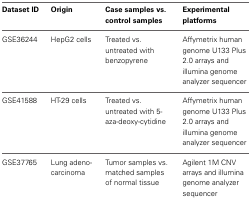
| Dataset ID | Origin | Case samples vs. control samples | Experimental platforms |
 | --- | --- | --- | --- |
 | GSE36244 | HepG2 cells | Treated vs. untreated with benzopyrene | Affymetrix human genome U133 Plus 2.0 arrays and illumina genome analyzer sequencer |
 | GSE41588 | HT-29 cells | Treated vs. untreated with 5-aza-deoxy-cytidine | Affymetrix human genome U133 Plus 2.0 arrays and illumina genome analyzer sequencer |
 | GSE37765 | Lung adenocarcinoma | Tumor samples vs. matched samples of normal tissue | Agilent 1M CNV arrays and illumina genome analyzer sequencer |